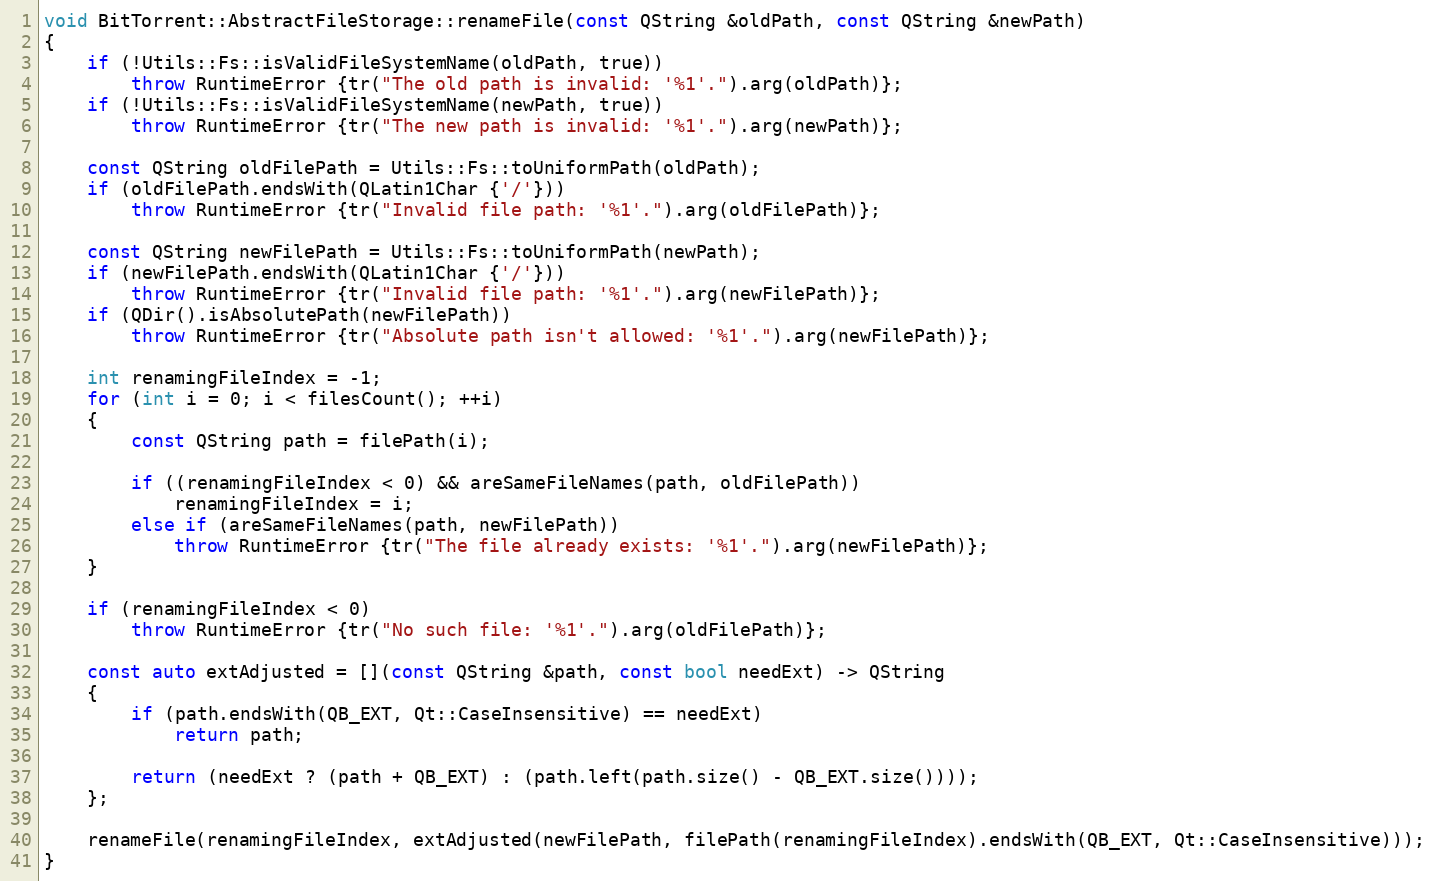
Language: C++
void BitTorrent::AbstractFileStorage::renameFile(const QString &oldPath, const QString &newPath)
{
    if (!Utils::Fs::isValidFileSystemName(oldPath, true))
        throw RuntimeError {tr("The old path is invalid: '%1'.").arg(oldPath)};
    if (!Utils::Fs::isValidFileSystemName(newPath, true))
        throw RuntimeError {tr("The new path is invalid: '%1'.").arg(newPath)};

    const QString oldFilePath = Utils::Fs::toUniformPath(oldPath);
    if (oldFilePath.endsWith(QLatin1Char {'/'}))
        throw RuntimeError {tr("Invalid file path: '%1'.").arg(oldFilePath)};

    const QString newFilePath = Utils::Fs::toUniformPath(newPath);
    if (newFilePath.endsWith(QLatin1Char {'/'}))
        throw RuntimeError {tr("Invalid file path: '%1'.").arg(newFilePath)};
    if (QDir().isAbsolutePath(newFilePath))
        throw RuntimeError {tr("Absolute path isn't allowed: '%1'.").arg(newFilePath)};

    int renamingFileIndex = -1;
    for (int i = 0; i < filesCount(); ++i)
    {
        const QString path = filePath(i);

        if ((renamingFileIndex < 0) && areSameFileNames(path, oldFilePath))
            renamingFileIndex = i;
        else if (areSameFileNames(path, newFilePath))
            throw RuntimeError {tr("The file already exists: '%1'.").arg(newFilePath)};
    }

    if (renamingFileIndex < 0)
        throw RuntimeError {tr("No such file: '%1'.").arg(oldFilePath)};

    const auto extAdjusted = [](const QString &path, const bool needExt) -> QString
    {
        if (path.endsWith(QB_EXT, Qt::CaseInsensitive) == needExt)
            return path;

        return (needExt ? (path + QB_EXT) : (path.left(path.size() - QB_EXT.size())));
    };

    renameFile(renamingFileIndex, extAdjusted(newFilePath, filePath(renamingFileIndex).endsWith(QB_EXT, Qt::CaseInsensitive)));
}